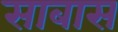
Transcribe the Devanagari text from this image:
साबास